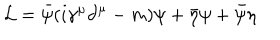
{ \cal L } = \bar { \psi } ( i \gamma ^ { \mu } \partial ^ { \mu } - m ) \psi + \bar { \eta } \psi + \bar { \psi } \eta